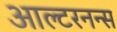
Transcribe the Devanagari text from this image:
आल्टरनन्स